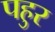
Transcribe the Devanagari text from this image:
पहुर